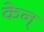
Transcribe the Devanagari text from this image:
केन्